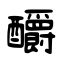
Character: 釂